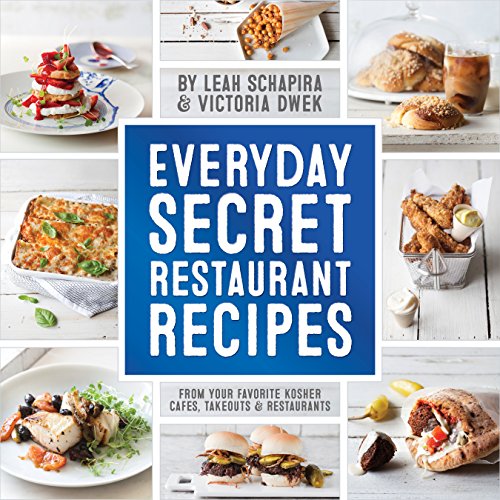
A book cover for Everyday Secret Restaurant Recipes: From Your Favorite Kosher Cafes, Takeouts & Restaurants; Leah Schapira; Cookbooks, Food & Wine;